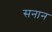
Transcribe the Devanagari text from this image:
सनान